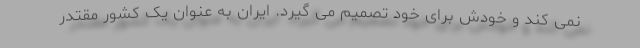
نمی کند و خودش برای خود تصمیم می گیرد. ایران به عنوان یک کشور مقتدر